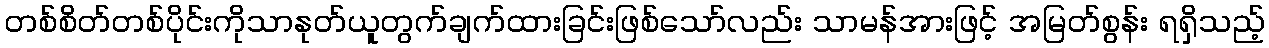
တစ်စိတ်တစ်ပိုင်းကိုသာနုတ်ယူတွက်ချက်ထားခြင်းဖြစ်သော်လည်း သာမန်အားဖြင့် အမြတ်စွန်း ရရှိသည့်